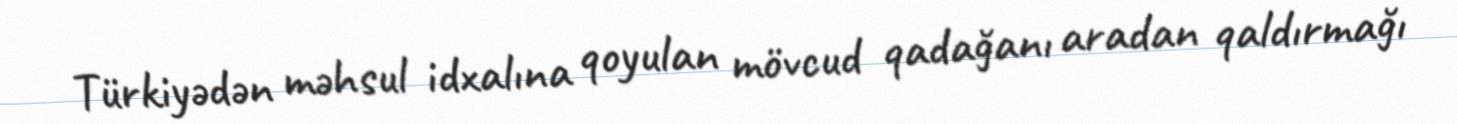
Türkiyədən məhsul idxalına qoyulan mövcud qadağanı aradan qaldırmağı